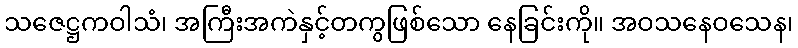
သဇေဋ္ဌကဝါသံ၊ အကြီးအကဲနှင့်တကွဖြစ်သော နေခြင်းကို။ အဝသနေဝသေန၊